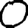
Digit: 0